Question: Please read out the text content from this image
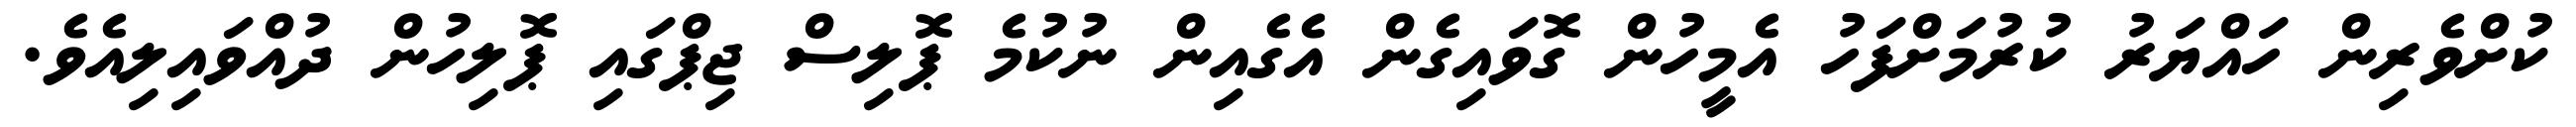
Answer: ކުށްވެރިން ހައްޔަރު ކުރުމަށްފަހު އެމީހުން ގޮވައިގެން އެގެއިން ނުކުމެ ޕޮލިސް ޖިޕްގައި ޕޮލިހުން ދުއްވައިލިއެވެ.